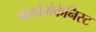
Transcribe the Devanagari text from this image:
बायोमेकेनिस्ट